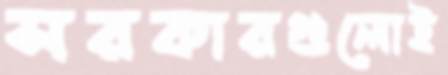
সরকারগুলোই